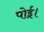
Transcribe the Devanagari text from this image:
पोई।